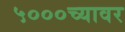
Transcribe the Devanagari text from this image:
५०००च्यावर